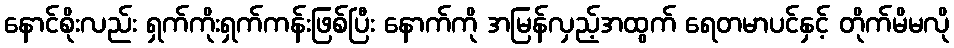
နောင်စိုးလည်း ရှက်ကိုးရှက်ကန်းဖြစ်ပြီး နောက်ကို အမြန်လှည့်အထွက် ရေတမာပင်နှင့် တိုက်မိမလို